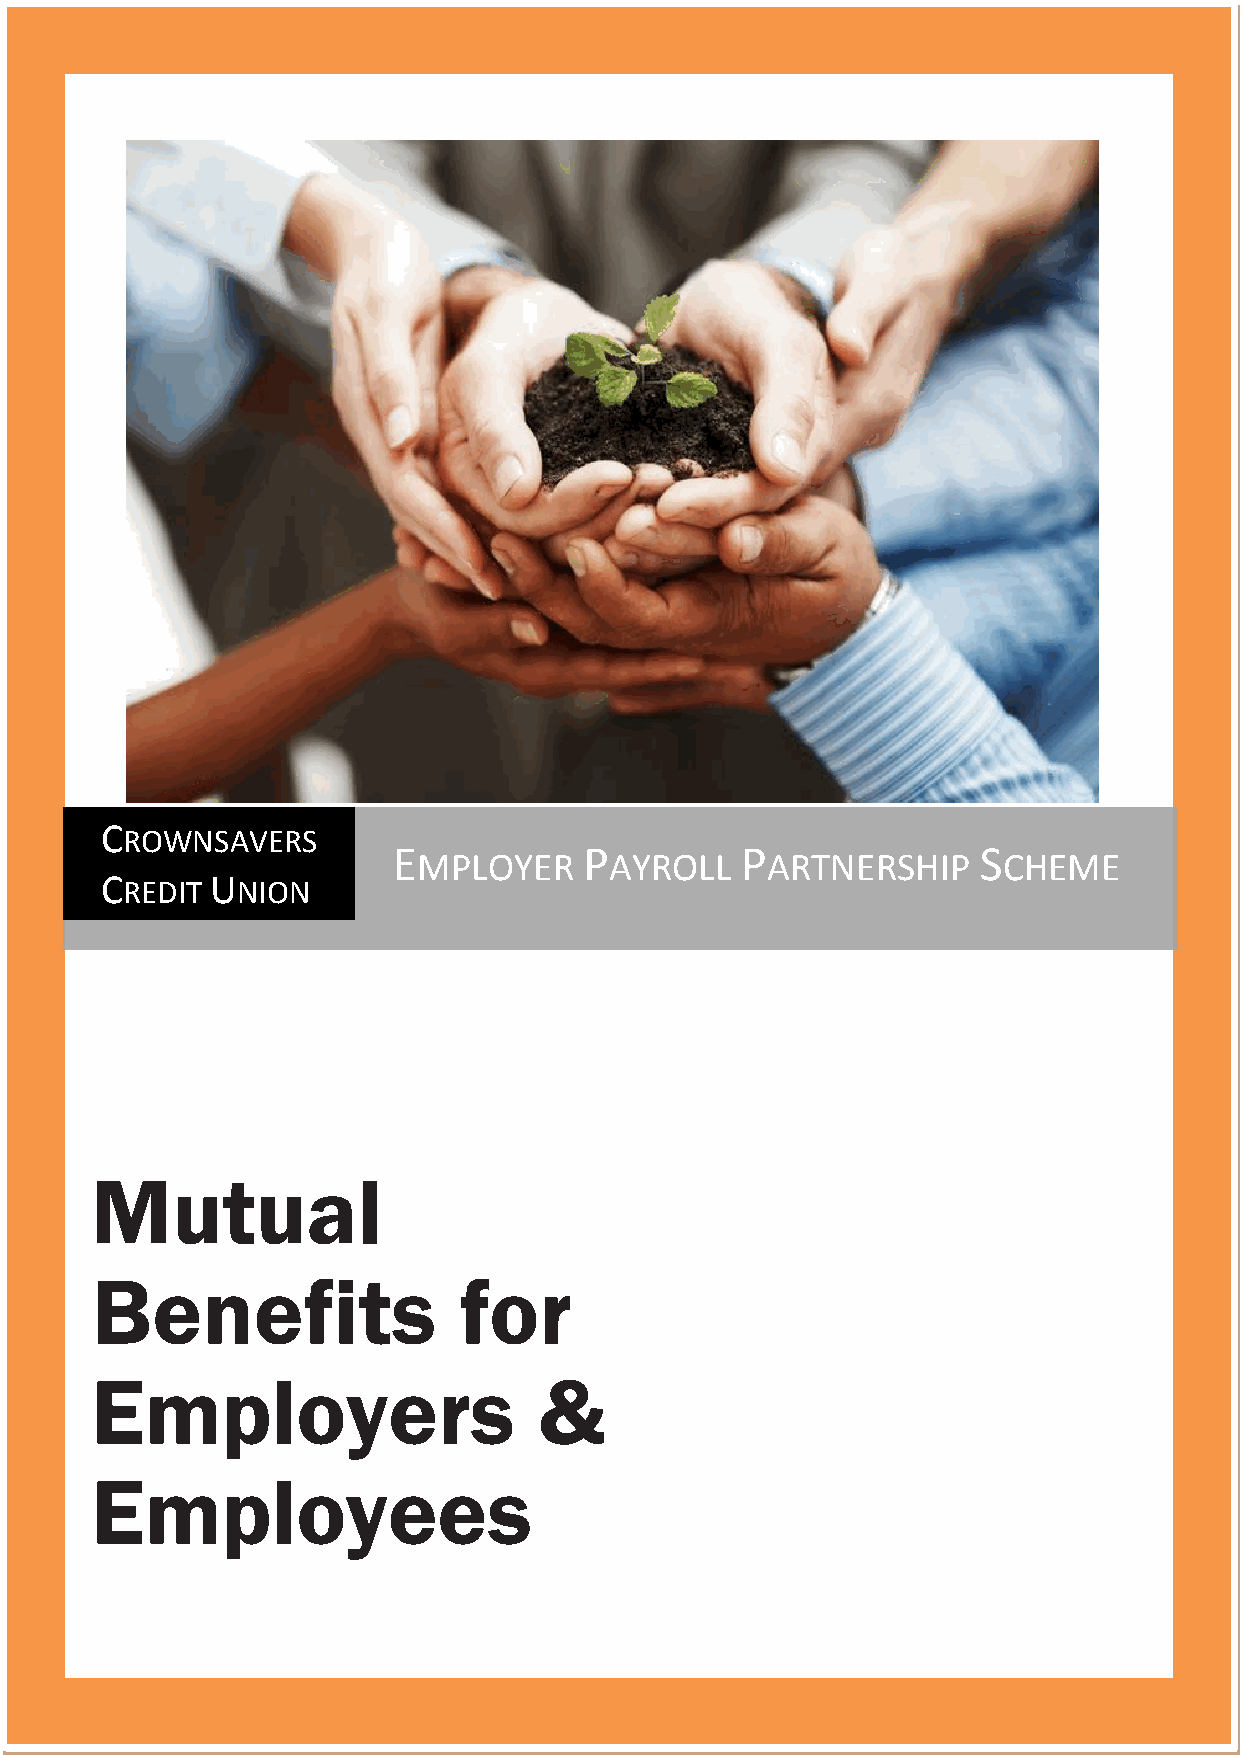
C
 ROWNSAVERS
 E            P         P               S
 MPLOYER     AYROLL     ARTNERSHIP     CHEME
 C      U
 REDIT   NION
 Mutual
 Benefits                for
 Employers                     &
 Employees